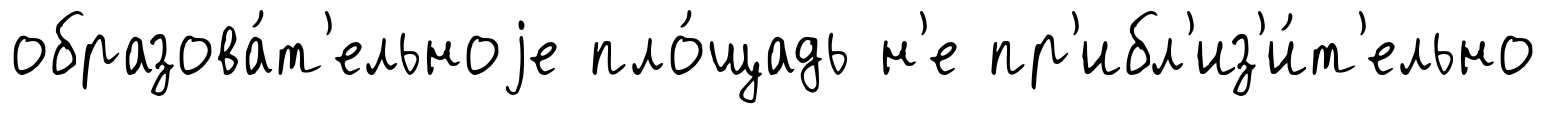
образова́т'ельноjе пло́щадь н'е пр'ибл'из'и́т'ельно